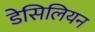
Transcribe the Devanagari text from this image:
डेसिलियन